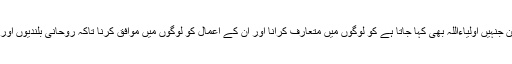
اسلام کے بزرگان دین جنہیں اولیاءاللہ بھی کہا جاتا ہے کو لوگوں میں متعارف کرانا اور ان کے اعمال کو لوگوں میں موافق کرنا تاکہ روحانی بلندیوں اورمقاصد کا حصول ہو۔